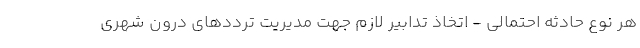
هر نوع حادثه احتمالی - اتخاذ تدابیر لازم جهت مدیریت ترددهای درون شهری